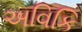
અવિકિ